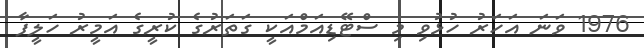
1976 ވަނަ އަހަރު ހުޅުވި މި ސްޓޭޑިއަމްއަކީ ގަތަރުގެ ކުރީގެ އަމީރު ހަލީފާ